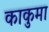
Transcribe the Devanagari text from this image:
काकुमा